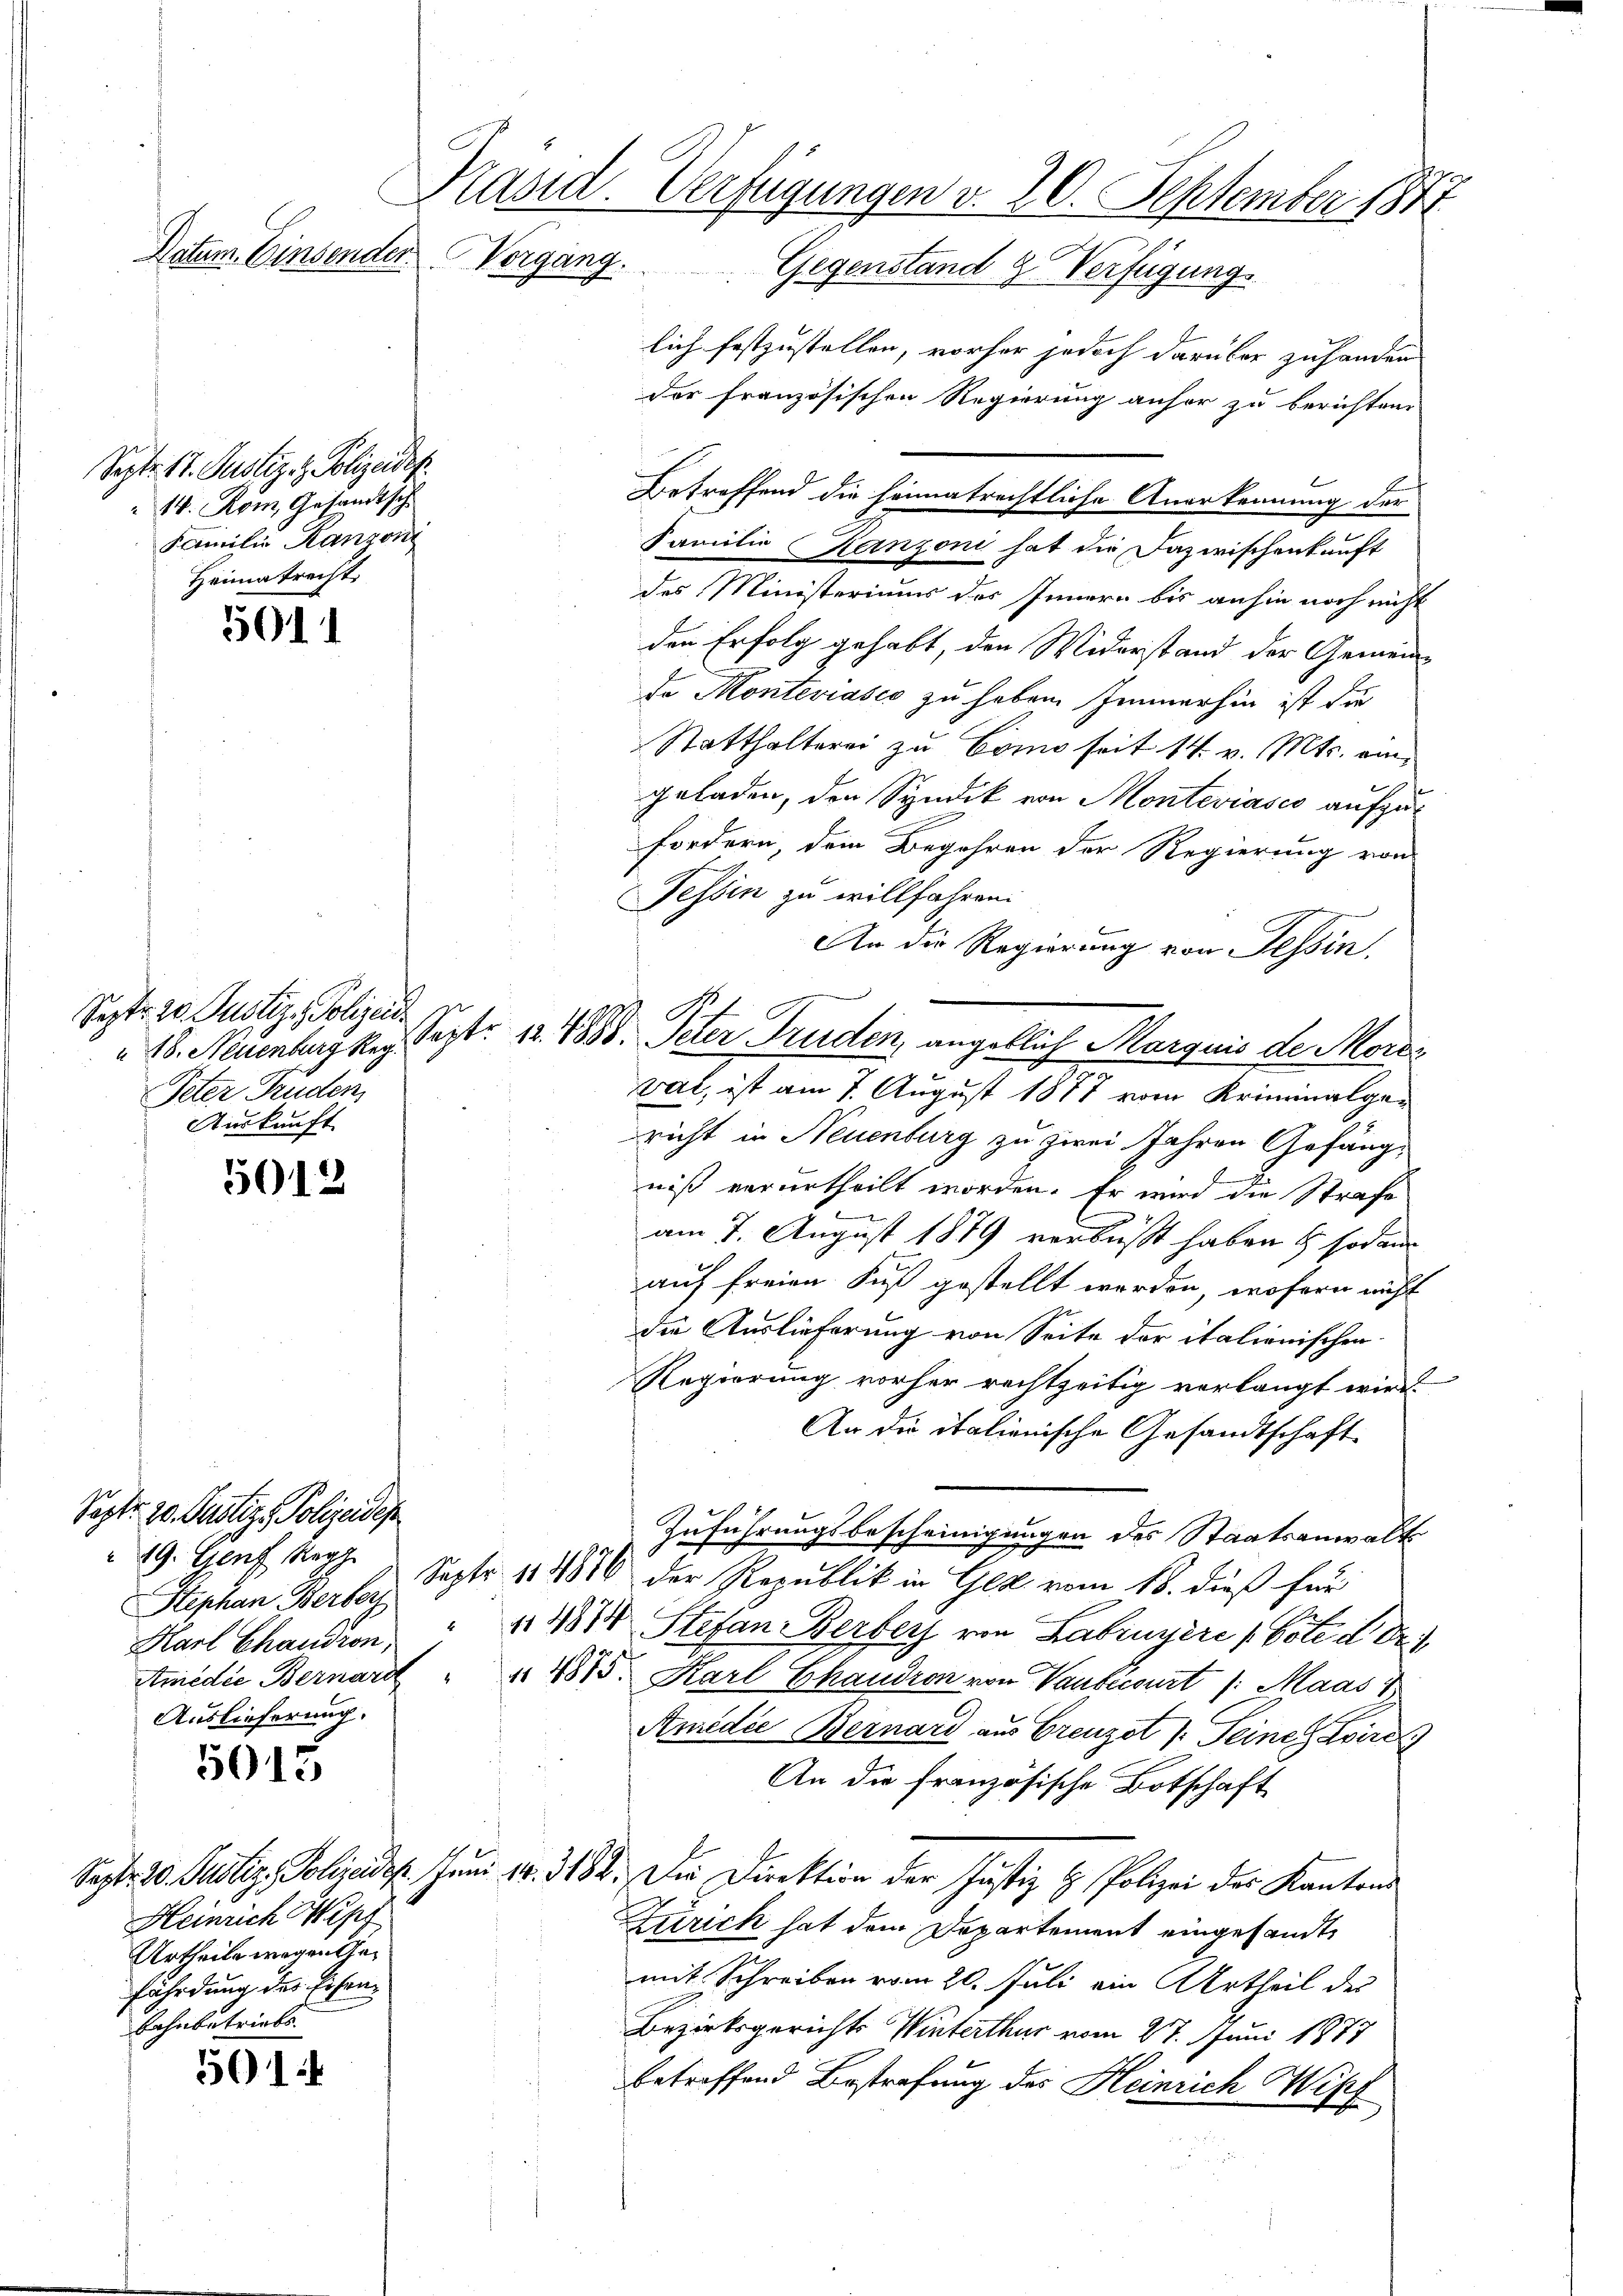
Präsid. Verfügungen v. 20. September 1871
Datum. Einsender
Vergang. Gegenstand & Verfügungs

Sept. 17. Justiz- & Polizeides.
 14. Kom, Gesandtsch
Familie Manzon
Heimatrecht.

5011

Septr. 20. Justiz - Polizei.
Peter Truden
Auskauft

5012

Sept. 20. Justiz, Polizeidep
Stephan Berbey
Auslieferung.

5015

Heinrich Wipf
Urtheile wegen Gefährdung des Eisenbahnbetriebs

501

lich festzustellen, vorher jedoch darüber zu handen
der französischen Regierung anher zu berichtend
Familie Kanzoni hat die Dazwischenkunft
des Ministeriums des Innern bis anhin noch nicht
den Erfolg gehabt, den Widerstand der Gemeinde Monteviases zu haben Immerhin ist die
Statthalterei zu Como seit 14 v. Mts. ein
geladen, den Syndik von Monteviases aufzufordern, dem Begehren der Regierung von
Fessen zu willfahren.
An die Regierung von Tessin,
vat, ist am 7. August 1877 vom Kriminalgericht in Neuenburg zu zwei Jahren Gefängniß verurtheilt worden. Er wird die Strafe
am 7. August 1879 verbüßt haben & sodann
auf freien Fuß gestellt werden, wofern nicht
die Auslieferung von Seite der italionischen
Regierung vorher rechtzeitig verlangt wir
An die italienische Gesandtschaft
Zuführungsbescheinigungen des Staatsanwalt
19. Genf 19 Septbr. 1816 der Republik in Gez vom 18. dieß für
Karl Chandion " " 48% Stefan Berberg von Labruyère (Cole d Dr.
Amedie Bernard " " 4815. Karl Chaudron von Vanbicourt /: Maas
Anedie Bernard aus Grenzot /: Seine wird
An die französische Botschaft
Sept. 20. Justiz, Polizeides Juni 18. 3182. Die Direktion der Justiz & Polizei der Kantons
Zürich hat dem Departement eingesandte
mit Schreiben vom 20. Juli ein Urtheil des
Bezirksgerichts Winterthur vom 27. Juni 1877
betreffend Bestrafung des Heinrich Wipf

18. Neuenburg keg. Sept. 12. 1888. Peter Truden, angeblich Marquis de More¬

Betreffend die heimatrechtliche Anerkennung der